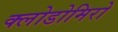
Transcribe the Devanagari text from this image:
क्लोडोमिरो